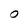
Character: O